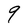
Character: q